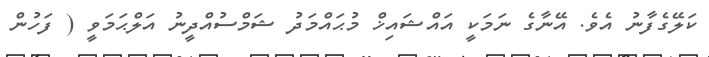
ކަލޭގެފާނު އެވެ. އޭނާގެ ނަމަކީ އައްޝައިޚް މުޙައްމަދު ޝަމްސުއްދީނު އަލްޙަމަވީ ( ފަހުން